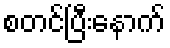
စတင်ပြီးနောက်